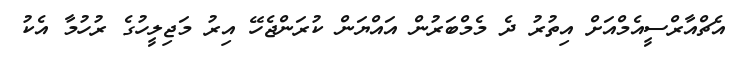
އެޗްއާރްސީއެމްއަށް އިތުރު ދެ މެމްބަރުން އައްޔަން ކުރަންޖެހޭ އިރު މަޖިލީހުގެ ރުހުމާ އެކު